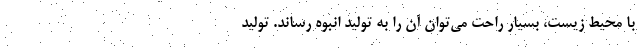
با محیط زیست، بسیار راحت می‌توان آن را به تولید انبوه رساند. تولید